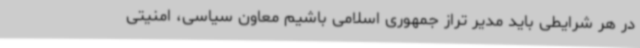
در هر شرایطی باید مدیر تراز جمهوری اسلامی باشیم معاون سیاسی، امنیتی